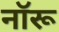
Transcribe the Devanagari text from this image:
नॉरू